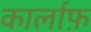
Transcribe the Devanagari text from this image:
कार्लाफ़